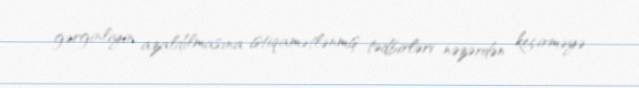
gərginliyin azaldılmasına istiqamətlənmiş tədbirləri nəzərdən keçirməyə